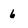
Character: 6